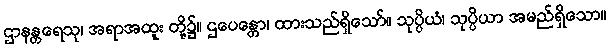
ဌာနန္တရေသု၊ အရာအထူး တို့၌။ ဌပေန္တော၊ ထားသည်ရှိသော်။ သုပ္ပိယံ၊ သုပ္ပိယာ အမည်ရှိသော။